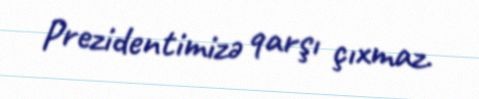
Prezidentimizə qarşı çıxmaz.